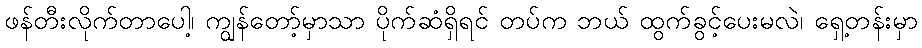
ဖန်တီးလိုက်တာပေါ့၊ ကျွန်တော့်မှာသာ ပိုက်ဆံရှိရင် တပ်က ဘယ် ထွက်ခွင့်ပေးမလဲ၊ ရှေ့တန်းမှာ